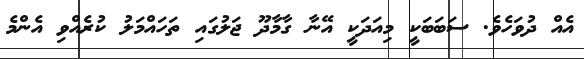
އެއް ދުވަހެވެ. ސަބަބަކީ މިއަދަކީ އޭނާ ގާމާދޫ ޖަލުގައި ތަހައްމަލު ކުރެއްވި އެންމެ